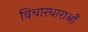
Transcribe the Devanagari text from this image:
विचारधाराओँ